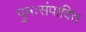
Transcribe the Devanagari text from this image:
पुनःसंपादित